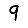
Digit: 9